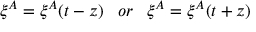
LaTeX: \xi ^ { A } = \xi ^ { A } ( t - z ) \; \; \; o r \; \; \; \xi ^ { A } = \xi ^ { A } ( t + z )